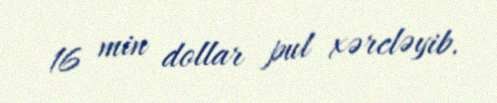
16 min dollar pul xərcləyib.